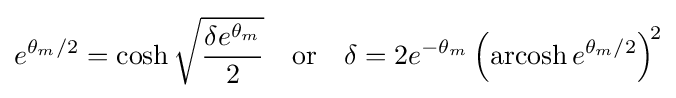
e^{\theta _{m}/2}=\cosh {\sqrt {\frac {\delta e^{\theta _{m}}}{2}}}\quad {\text{or}}\quad \delta =2e^{-\theta _{m}}\left(\operatorname {arcosh} e^{\theta _{m}/2}\right)^{\!2}